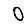
Digit: 0